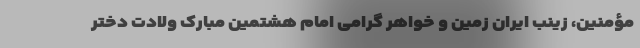
مؤمنین، زینب ایران زمین و خواهر گرامی امام هشتمین مبارک ولادت دختر